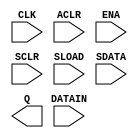
module MISTRAL_FF(
    input DATAIN, CLK, ACLR, ENA, SCLR, SLOAD, SDATA,
    output reg Q
);

parameter _TECHMAP_CONSTMSK_ACLR_ = 1'b0;

// If the async-clear is constant, we assume it's disabled.
if (_TECHMAP_CONSTMSK_ACLR_ != 1'b0)
    $__MISTRAL_FF_SYNCONLY _TECHMAP_REPLACE_ (.DATAIN(DATAIN), .CLK(CLK), .ENA(ENA), .SCLR(SCLR), .SLOAD(SLOAD), .SDATA(SDATA), .Q(Q));
else
    wire _TECHMAP_FAIL_ = 1;

endmodule